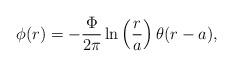
LaTeX: \begin{align*}\phi(r) = -\displaystyle\frac{\Phi}{2\pi} \ln\left(\displaystyle\frac{r}{a}\right) \theta (r - a),\end{align*}